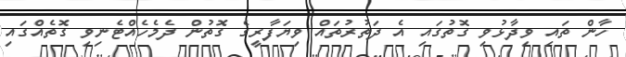
ހާން ތައި ވިދާޅުވި ގޮތުގައި އެ ދަތުރުތައް ވިޔަފާރީގެ ގޮތުން ދެމެހެއްޓެނިވި ގޮތެއްގައި